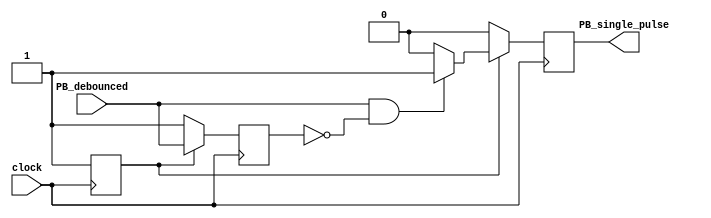
// Single Pulse circuit 
// the output will go high for only one clock cycle
module onepulse (PB_debounced, clock, PB_single_pulse);

   input PB_debounced; 
   input clock; 
   output PB_single_pulse; 
   //declare the outputs
   reg PB_single_pulse;
   //declare the internal registers
   reg PB_debounced_delay; 
   reg Power_on; 
   //start the process	
   always @(posedge clock)
   begin
      //Power_on will be initialized to 0 (default value) by Xilinx tool
      if (Power_on == 1'b0)
      begin
      	 //This code resets the critical signals once at power up
         PB_single_pulse <= 1'b0 ; 
         PB_debounced_delay <= 1'b1 ; 
         Power_on <= 1'b1 ; 
      end
      else
      begin
      	//A single clock cycle pulse is produced when the switch is hit
	//no matter how long the switch is held down.
	//The switch input must already be debounced.
         if (PB_debounced == 1'b1 & PB_debounced_delay == 1'b0)
            PB_single_pulse <= 1'b1 ; 
         else
            PB_single_pulse <= 1'b0 ; 
            
         PB_debounced_delay <= PB_debounced ; 
      end 
   end 
endmodule